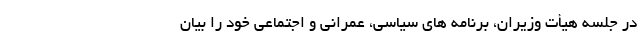
در جلسه هیأت وزیران، برنامه های سیاسی، عمرانی و اجتماعی خود را بیان